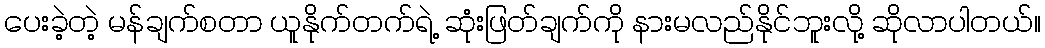
ပေးခဲ့တဲ့ မန်ချက်စတာ ယူနိုက်တက်ရဲ့ ဆုံးဖြတ်ချက်ကို နားမလည်နိုင်ဘူးလို့ ဆိုလာပါတယ်။